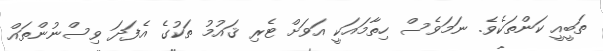
ތަބީއީ ކަންތަކެވެ. ނަމަވެސް ހިތާމައަކީ އަވަށް ޓެރި ޤައުމު ތަކުގެ އެފަދަ ވިސްނުންތައް